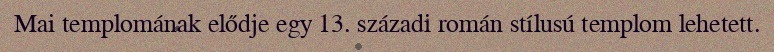
Mai templomának elődje egy 13. századi román stílusú templom lehetett.